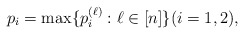
\begin{align*}p_i=\max\{p_i^{(\ell)}:\ell\in [n]\} (i=1,2),\end{align*}